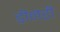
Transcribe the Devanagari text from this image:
डीनरी